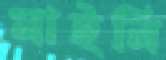
মাইনি